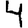
Digit: 4